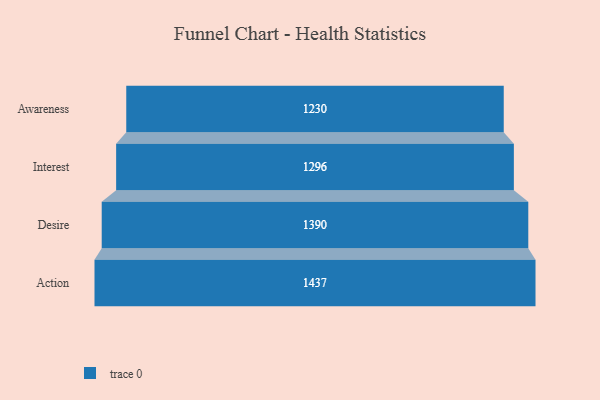
{"axis": {"x": "Stage", "y": "Value"}, "legend": [""], "data": [{"x": "Awareness", "y": 1230.0, "type": ""}, {"x": "Interest", "y": 1296.0, "type": ""}, {"x": "Desire", "y": 1390.0, "type": ""}, {"x": "Action", "y": 1437.0, "type": ""}]}